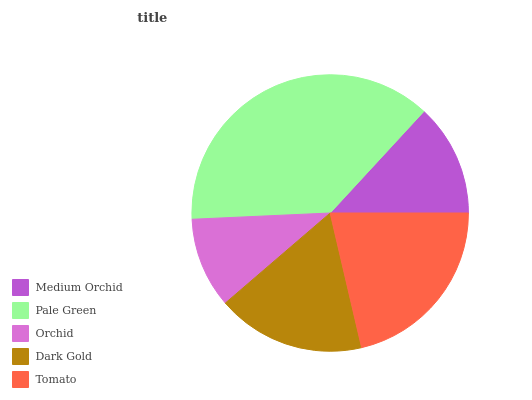
| Medium Orchid | Pale Green | Orchid | Dark Gold | Tomato |
 | --- | --- | --- | --- | --- |
 | 13.2% | 37.6% | 10.6% | 17.4% | 21.3% |